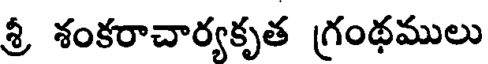
శ్రీ శంకరాచార్యకృత గ్రంథములు